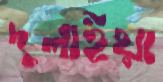
দুলাইয়া